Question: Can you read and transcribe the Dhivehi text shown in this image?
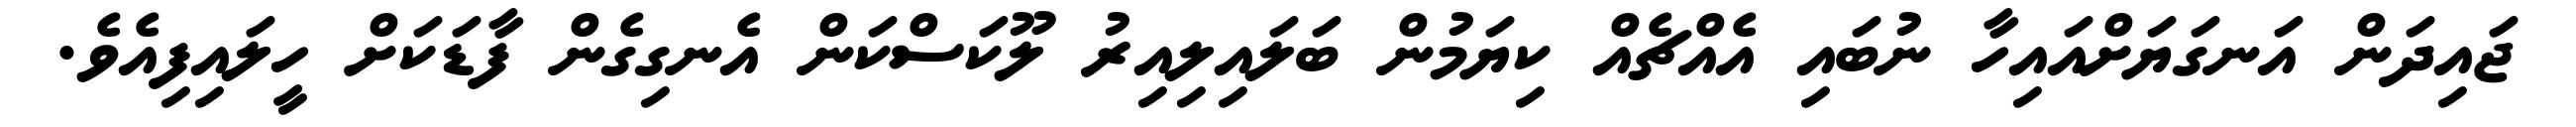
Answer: ޖައިދަން އަނގަޔަށްއައިހާ ނުބައި އެއްޗެއް ކިޔަމުން ބަލައިލިއިރު ލޫކަސްކަން އެނގިގެން ފާޑަކަށް ހީލައިފިއެވެ.